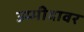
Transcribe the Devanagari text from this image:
उम्मीदावर